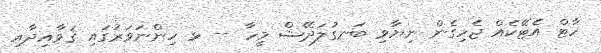
ހާޓް އެޓޭކެއް ޖެހިގެން ނިޔާވި ބަނގުލަދޭޝް މީހާ -- ޅ ހިންނަވަރުގައި ޤަވާއިދާއި